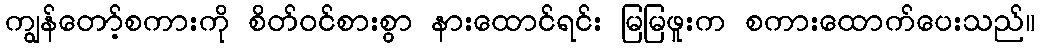
ကျွန်တော့်စကားကို စိတ်ဝင်စားစွာ နားထောင်ရင်း မြမြဖူးက စကားထောက်ပေးသည်။